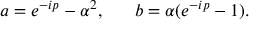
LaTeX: a = e ^ { - i p } - \alpha ^ { 2 } , ~ ~ ~ ~ ~ b = \alpha ( e ^ { - i p } - 1 ) .